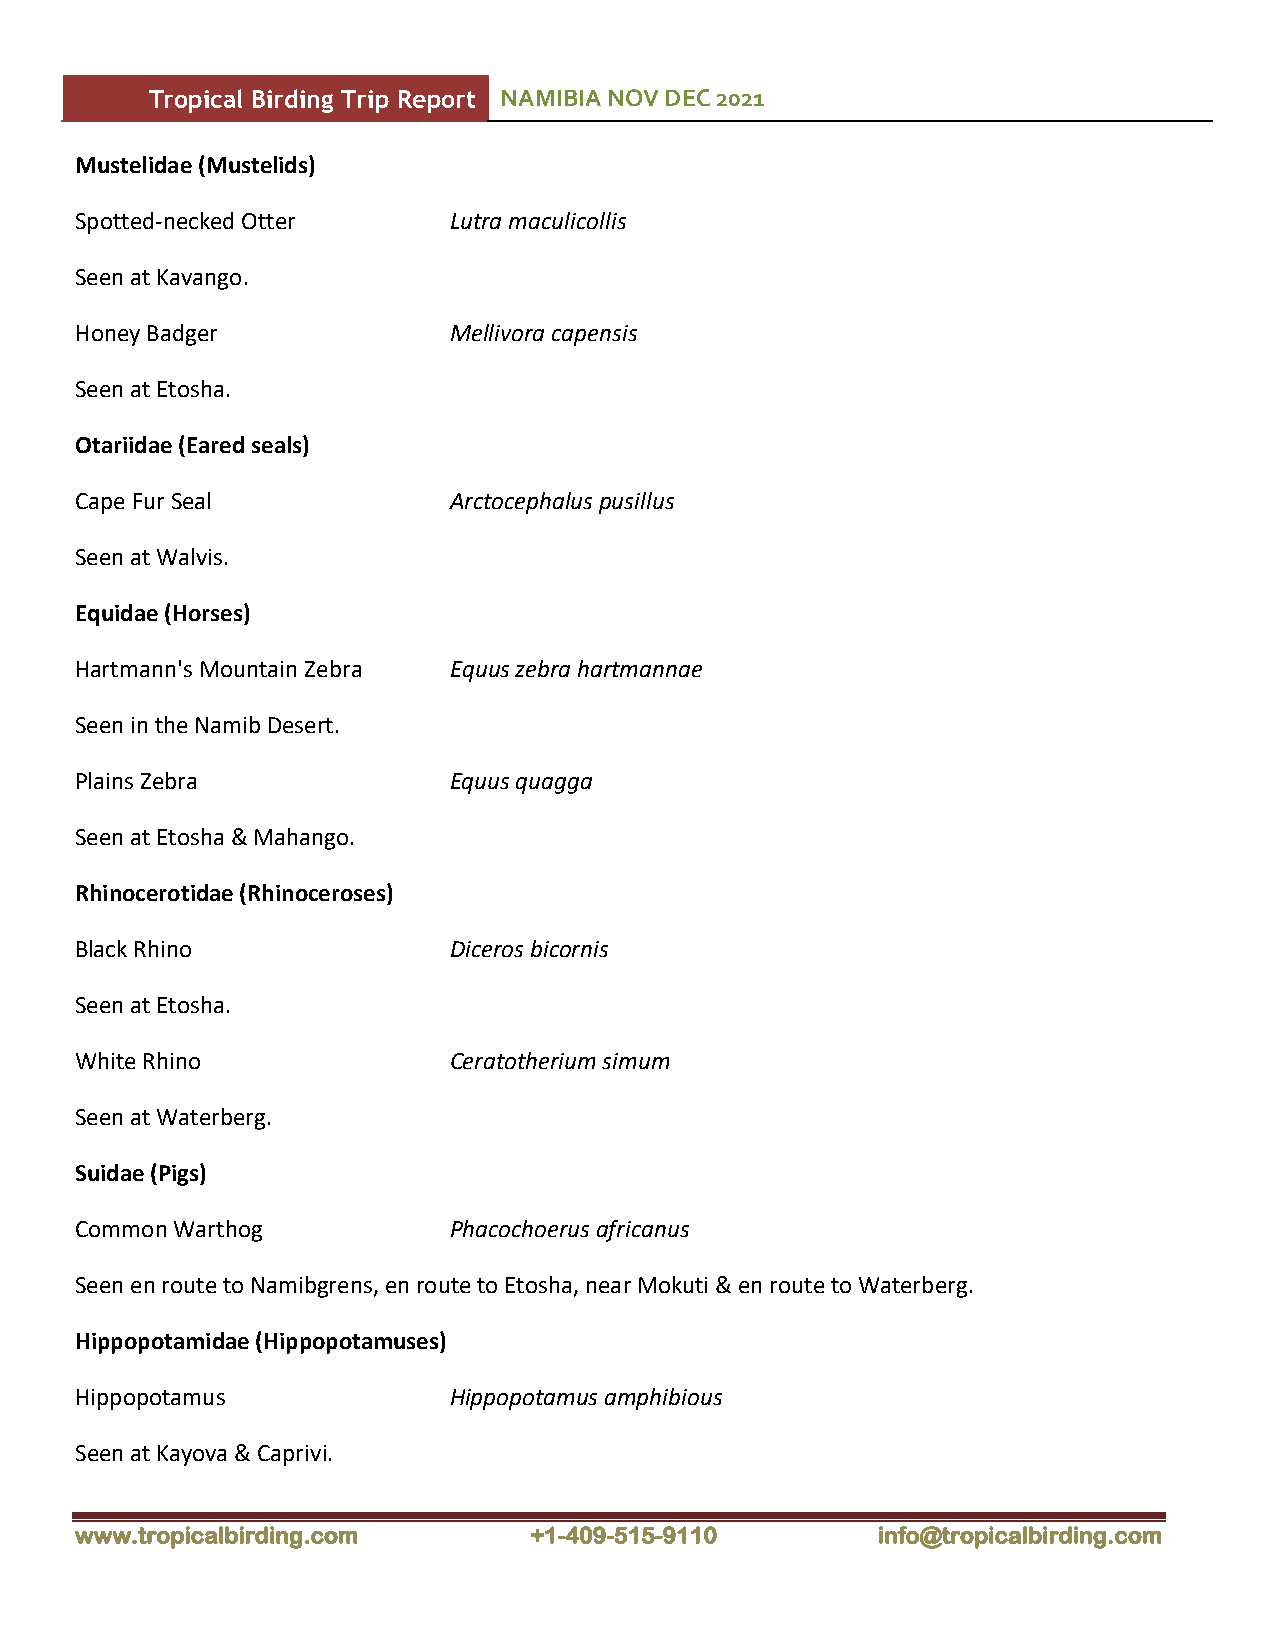
Tropical Birding Trip Report NAMIBIA NOV DEC 2021
 Mustelidae (Mustelids)
 Spotted-necked Otter     Lutra maculicollis
 Seen at Kavango.
 Honey Badger             Mellivora capensis
 Seen at Etosha.
 Otariidae (Eared seals)
 Cape Fur Seal            Arctocephalus pusillus
 Seen at Walvis.
 Equidae (Horses)
 Hartmann's Mountain Zebra Equus zebra hartmannae
 Seen in the Namib Desert.
 Plains Zebra             Equus quagga
 Seen at Etosha & Mahango.
 Rhinocerotidae (Rhinoceroses)
 Black Rhino              Diceros bicornis
 Seen at Etosha.
 White Rhino              Ceratotherium simum
 Seen at Waterberg.
 Suidae (Pigs)
 Common Warthog           Phacochoerus africanus
 Seen en route to Namibgrens, en route to Etosha, near Mokuti & en route to Waterberg.
 Hippopotamidae (Hippopotamuses)
 Hippopotamus             Hippopotamus amphibious
 Seen at Kayova & Caprivi.
 www.tropicalbirding.com       +1-409-515-9110        info@tropicalbirding.com